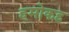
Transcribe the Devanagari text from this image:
हमोकह